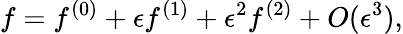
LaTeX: f=f^{(0)}+\epsilon f^{(1)}+\epsilon^{2}f^{(2)}+{O}(\epsilon^{3}),